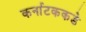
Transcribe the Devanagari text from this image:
कर्नाटककडे